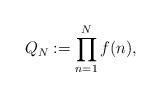
LaTeX: \begin{align*}Q_N := \prod_{n = 1}^N f(n) ,\end{align*}